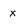
Character: x